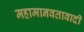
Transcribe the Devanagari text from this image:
महामानवतावादी